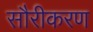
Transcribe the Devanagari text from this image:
सौरीकरण